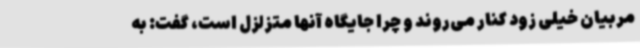
مربیان خیلی زود کنار می‌روند و چرا جایگاه آنها متزلزل است، گفت: به